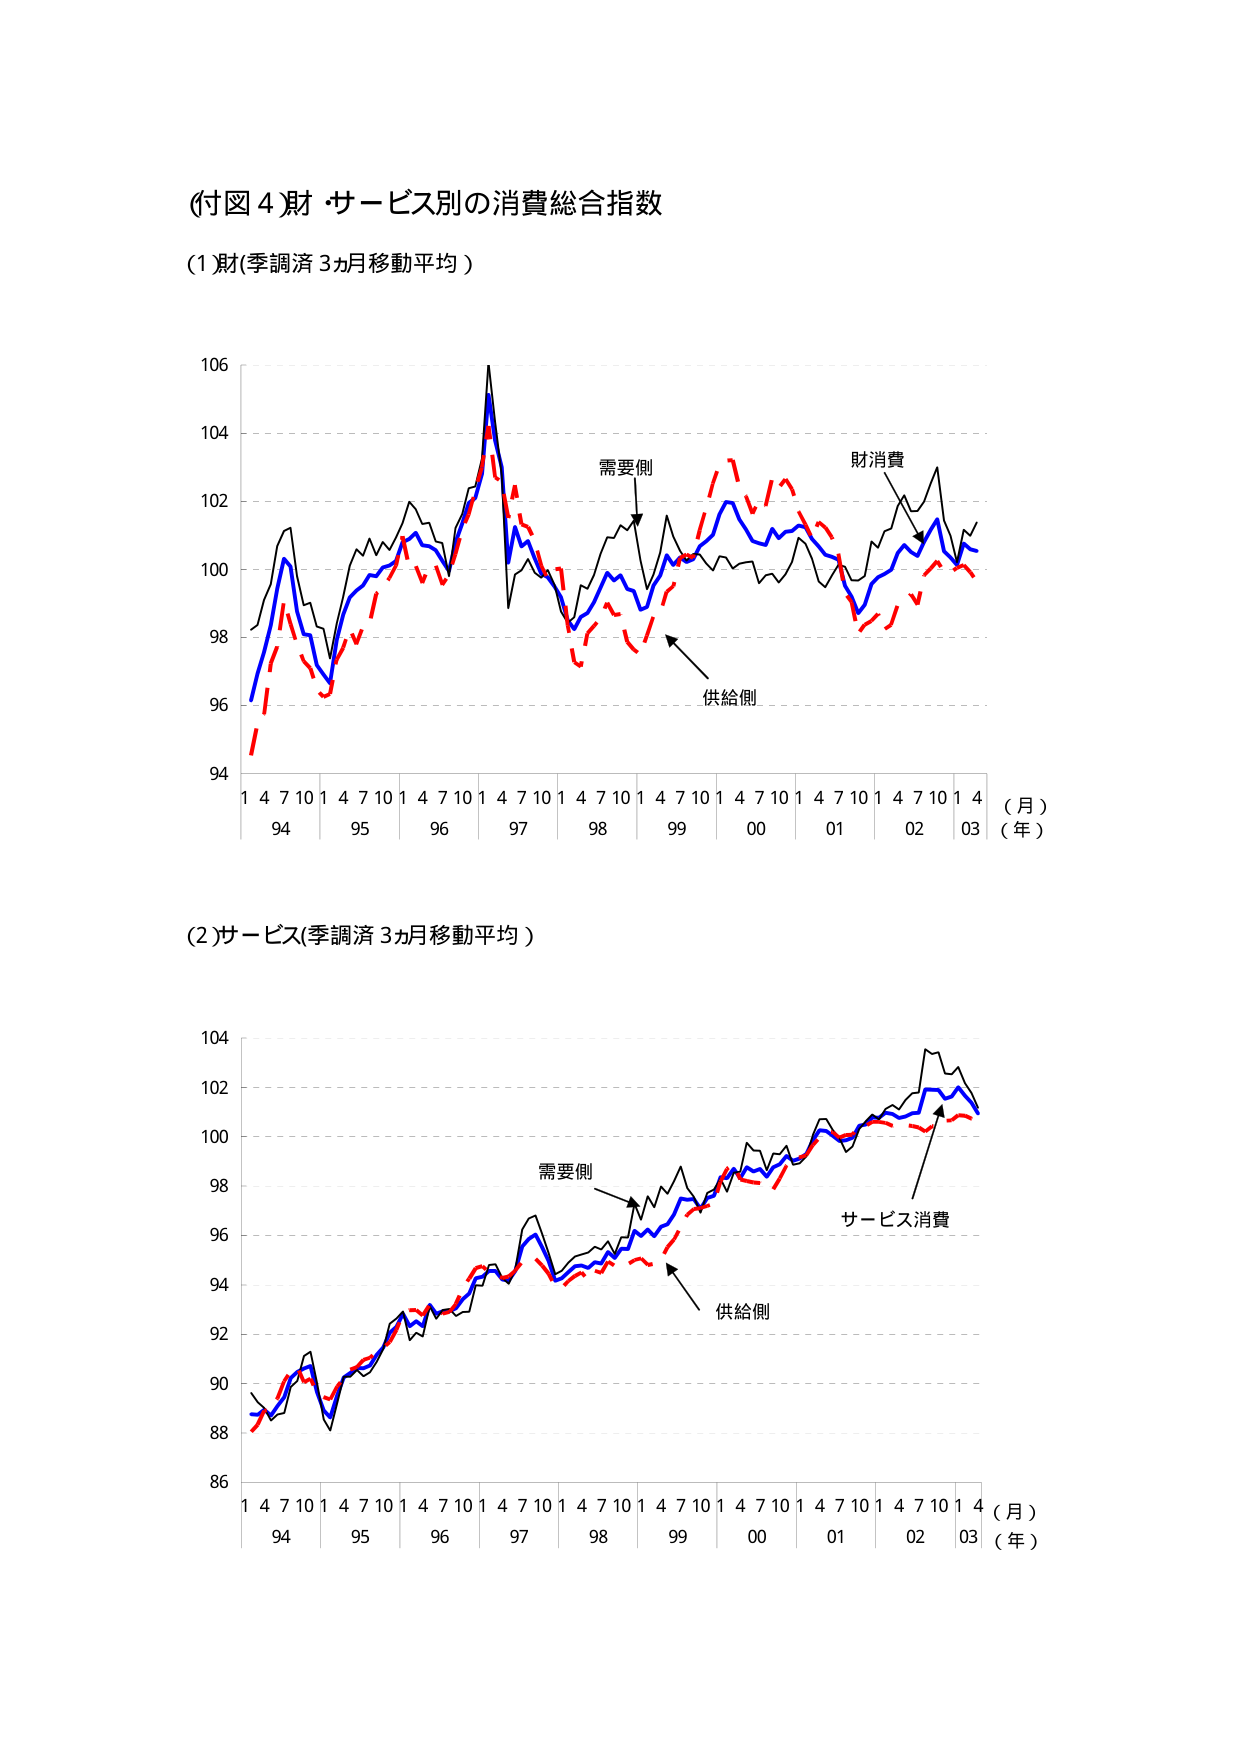
(付図 4) 財・サービス別の消費総合指数

(1) 財(季調済 3ヵ月移動平均)

106
104
102
100
98
96
94

1 4 7 10 1 4 7 10 1 4 7 10 1 4 7 10 1 4 7 10 1 4 7 10 1 4 7 10 1 4 7 10 1 4
94 95 96 97 98 99 00 01 02 03
(月)
(年)

需要側
供給側
財消費

(2) サービス(季調済 3ヵ月移動平均)

104
102
100
98
96
94
92
90
88
86

1 4 7 10 1 4 7 10 1 4 7 10 1 4 7 10 1 4 7 10 1 4 7 10 1 4 7 10 1 4
94 95 96 97 98 99 00 01 02 03
(月)
(年)

需要側
供給側
サービス消費